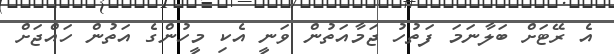
އެ ރޭޓަށް ބަލާނަމަ ފަތުހު ޖަމާއަތުން ވަނީ އެކި މީހުންގެ އަތުން ހައްޖަށް